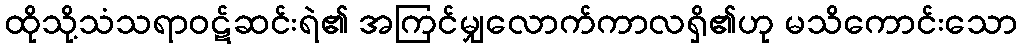
ထိုသို့သံသရာဝဋ်ဆင်းရဲ၏ အကြင်မျှလောက်ကာလရှိ၏ဟု မသိကောင်းသော